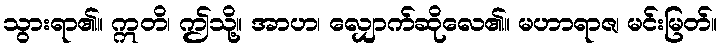
သွားရာ၏။ ဣတိ၊ ဤသို့။ အာဟ၊ လျှောက်ဆိုလေ၏။ မဟာရာဇ၊ မင်းမြတ်။